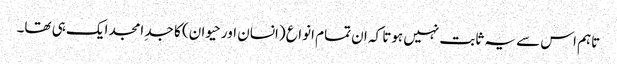
تاہم اس سے یہ ثابت نہیں ہوتا کہ ان تمام انواع (انسان اور حیوان) کا جدِ امجد ایک ہی تھا۔